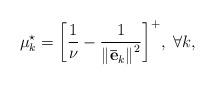
LaTeX: \begin{align*} \mu _k^{\star} = {\left[ {\frac{1}{\nu } - \frac{1}{{{\left\| {{{\bf{\bar e}}_k}} \right\|}^2}}} \right]^ + }, \ \forall k, \end{align*}